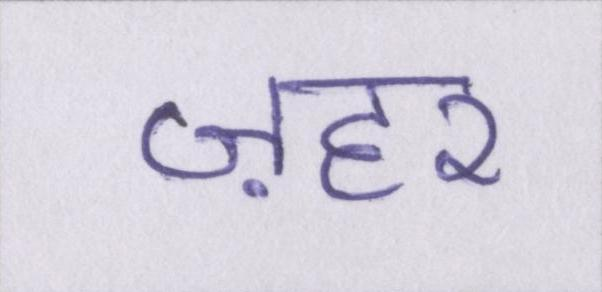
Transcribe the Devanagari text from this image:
ज़हर